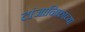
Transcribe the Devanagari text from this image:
टांजानिकाच्या